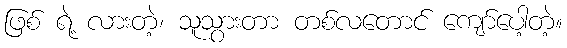
ဖြစ် ရဲ့ လားတဲ့၊ သူသွားတာ တစ်လတောင် ကျော်ပေါ့တဲ့။